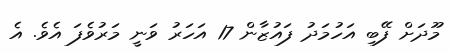
މޫދަށް ފޭބި އަހުމަދު ފައުޒާން 17 އަހަރު ވަނީ މަރުވެފަ އެވެ. އެ